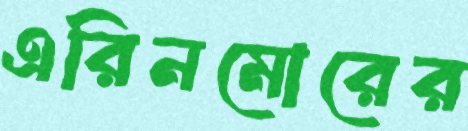
এরিনমোরের